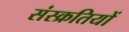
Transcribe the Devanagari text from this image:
संस्क्रतियों